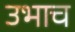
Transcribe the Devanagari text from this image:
उभाच